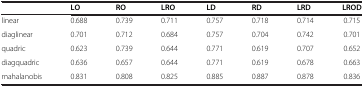
<table><thead><tr><td><b> </b></td><td><b>LO</b></td><td><b>RO</b></td><td><b>LRO</b></td><td><b>LD</b></td><td><b>RD</b></td><td><b>LRD</b></td><td><b>LROD</b></td></tr></thead><tbody><tr><td>linear</td><td>0.688</td><td>0.739</td><td>0.711</td><td>0.757</td><td>0.718</td><td>0.714</td><td>0.715</td></tr><tr><td>diaglinear</td><td>0.701</td><td>0.712</td><td>0.684</td><td>0.757</td><td>0.704</td><td>0.742</td><td>0.701</td></tr><tr><td>quadric</td><td>0.623</td><td>0.739</td><td>0.644</td><td>0.771</td><td>0.619</td><td>0.707</td><td>0.652</td></tr><tr><td>diagquadric</td><td>0.636</td><td>0.657</td><td>0.644</td><td>0.771</td><td>0.619</td><td>0.678</td><td>0.663</td></tr><tr><td>mahalanobis</td><td>0.831</td><td>0.808</td><td>0.825</td><td>0.885</td><td>0.887</td><td>0.878</td><td>0.836</td></tr></tbody></table>